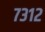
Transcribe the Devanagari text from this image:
७३१२